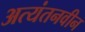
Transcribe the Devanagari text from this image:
अत्यंतनवीन